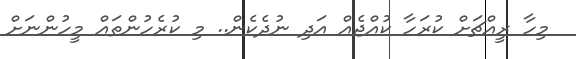
މިހާ ރީއްޗަށް ކުރަހާ ކުއްޖެއް އަދި ނުދެކެން.. މި ކުރެހުންތައް މީހުންނަށް